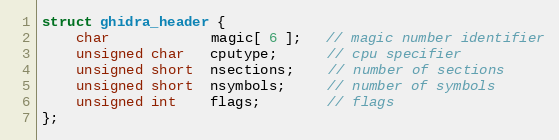
Language: C
struct ghidra_header {
	char            magic[ 6 ];   // magic number identifier
	unsigned char   cputype;      // cpu specifier
	unsigned short  nsections;    // number of sections
	unsigned short  nsymbols;     // number of symbols
	unsigned int    flags;        // flags
};